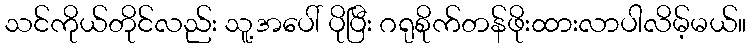
သင်ကိုယ်တိုင်လည်း သူ့အပေါ် ပိုပြီး ဂရုစိုက်တန်ဖိုးထားလာပါလိမ့်မယ်။